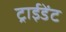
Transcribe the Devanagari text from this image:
ट्राईडेंट